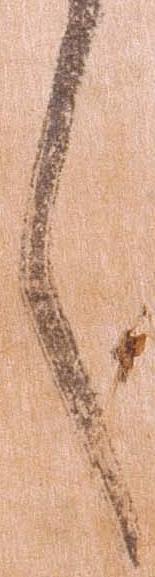
言